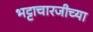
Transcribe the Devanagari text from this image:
भट्टाचारजीच्या